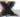
X